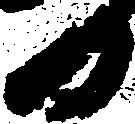
日